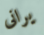
يرانى